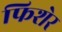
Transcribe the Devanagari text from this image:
फिशेर